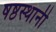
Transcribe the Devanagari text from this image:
षष्ठस्थानी